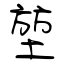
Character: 堃